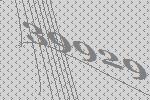
39929